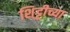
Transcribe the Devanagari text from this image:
शि्ट्टीच्या